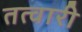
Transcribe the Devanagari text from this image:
तत्वारी